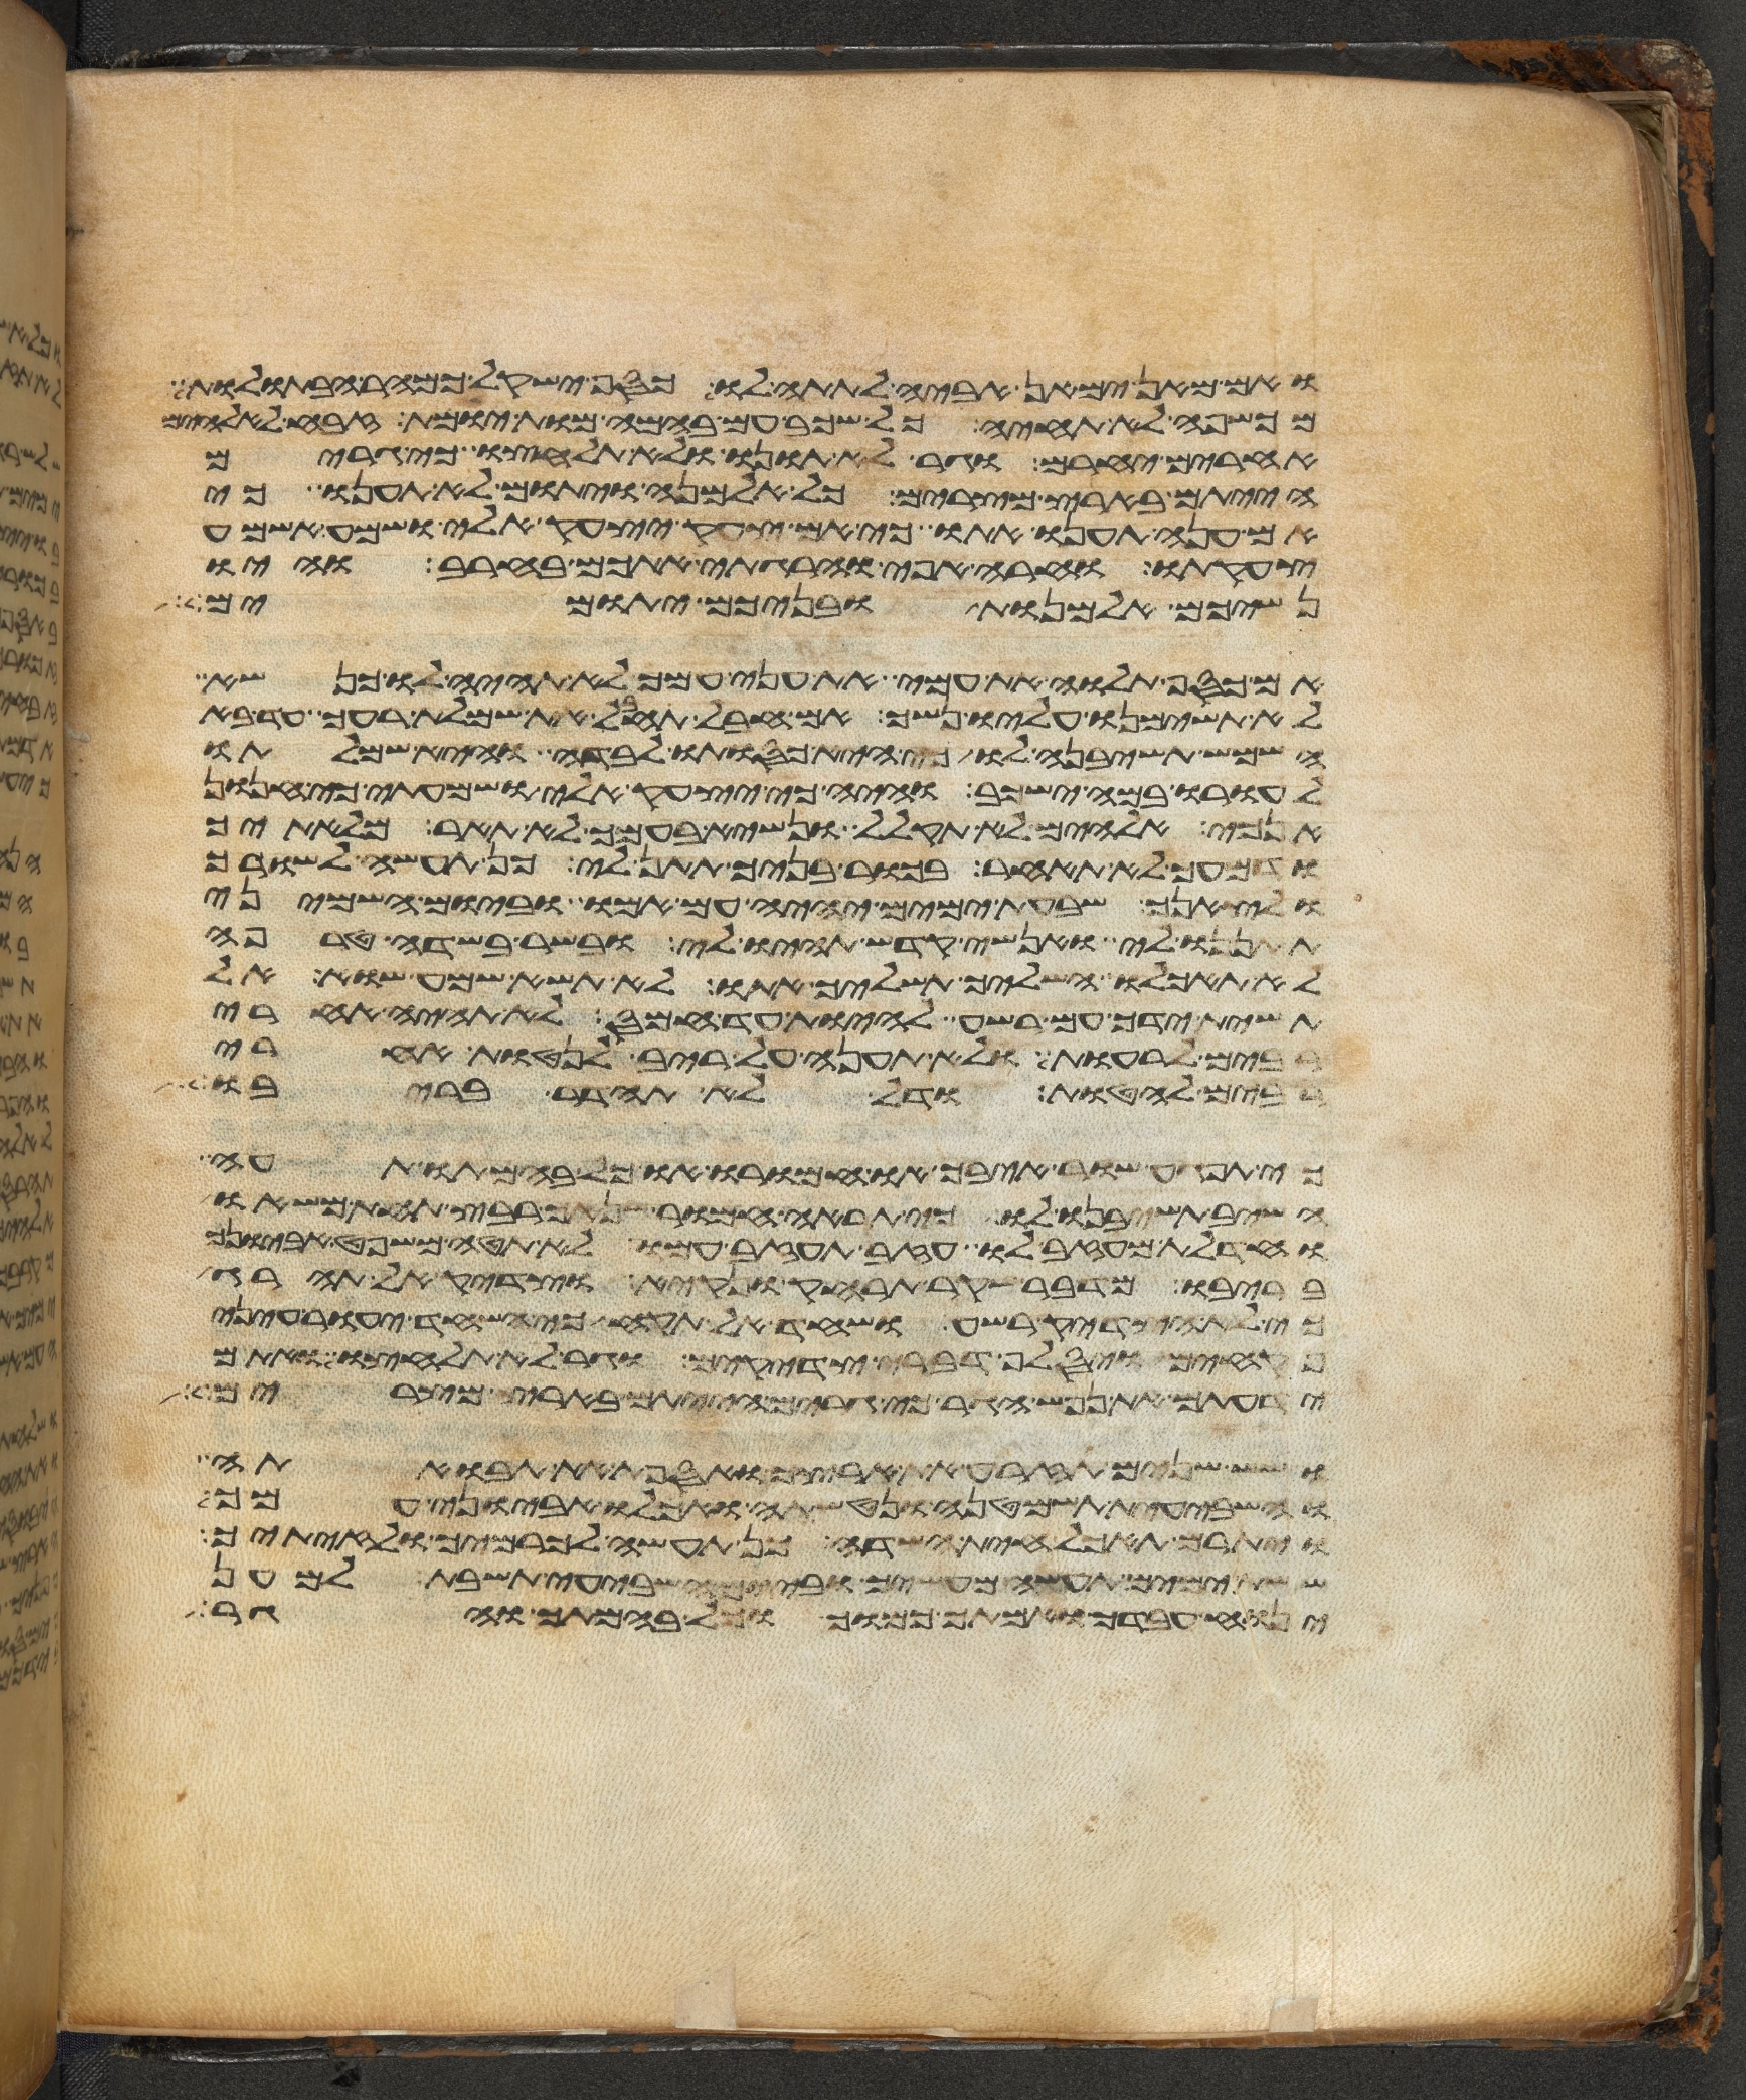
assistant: ואם מאן ימאן אביה לתתה לו כסף ישקל כמהר הבתולות
מכשפה לא תחיה כל שכב עם בהמה מות יומת זבח לאלהים
אחרים יחרם וגר לא תונו ולא תלחצו כי גרים
הייתם בארץ מצרים כל אלמנה ויתום לא תענו כי
אם ענה תענו אתו כי אם צעק יצעק אלי שמע אשמע
צעקתו וחרה אפי והרגתי אתכם בחרב והיו
נשיכם אלמנות ובניכם יתומים
אם כסף תלוה את עמי את עני עמך לא תהיה לו כנשא
לא תשימנו עליו נשך אם חבל תחבל את שמלת רעך עד בא
השמש תשיבנה לו כי היא כסותו לבדה היא שמלתו
לעורו במה ישכב והיה כי יצעק אלי ושמעתי כי חנון
אנכי אלהים לא תקלל ונשיא בעמך לא תאר מליתך
ודמעך לא תאחר בכור בניך תתן לי כן תעשה לשורך
ולצאנך שבעת ימים יהיה עם אמו וביום השמיני
תתננו לי ואנשי קדש תהיו לי ובשר בשדה טרפה
לא תאכלו השליך תשליכו אתו לא תשא שמע שוא אל
תשית ידך עם רשע להיות עד חמס לא תהיה אחרי
רבים לרעות ולא תענה על ריב לנטות אחרי
רבים להטות ודל לא תהדר בריבו
כי תפגע שור איבך או חמורו או כל בהמתו תעה
השב תשיבנו לו כי תראה חמור שנאך רבץ תחת משאו
וחדלת מעזב לו עזב תעזב עמו לא תטה משפט אביונך
בריבו מדבר שקר תרחק ונקיא וצדיק אל תהרג
כי לא הצדיק רשע ושחד אל תקח כי השחד יעור עיני
פקחים ויסלף דברי צדקים וגר לא תלחצו ואתם
ידעתם את נפש הגר כי גרים הייתם בארץ מצרים
ושש שנים תזרע את ארצך ואספת את תבואתה
והשביעית תשמטנה ונטשתה ואכלו אביוני עמך
ויתרם תאכל חית השדה כן תעשה לכרמך ולזיתיך
ששת ימים תעשה מעשיך וביום השביעי תשבת למען
ינוח עבדך ואמתך כמוך וכל בהמתך והגר